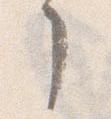
了